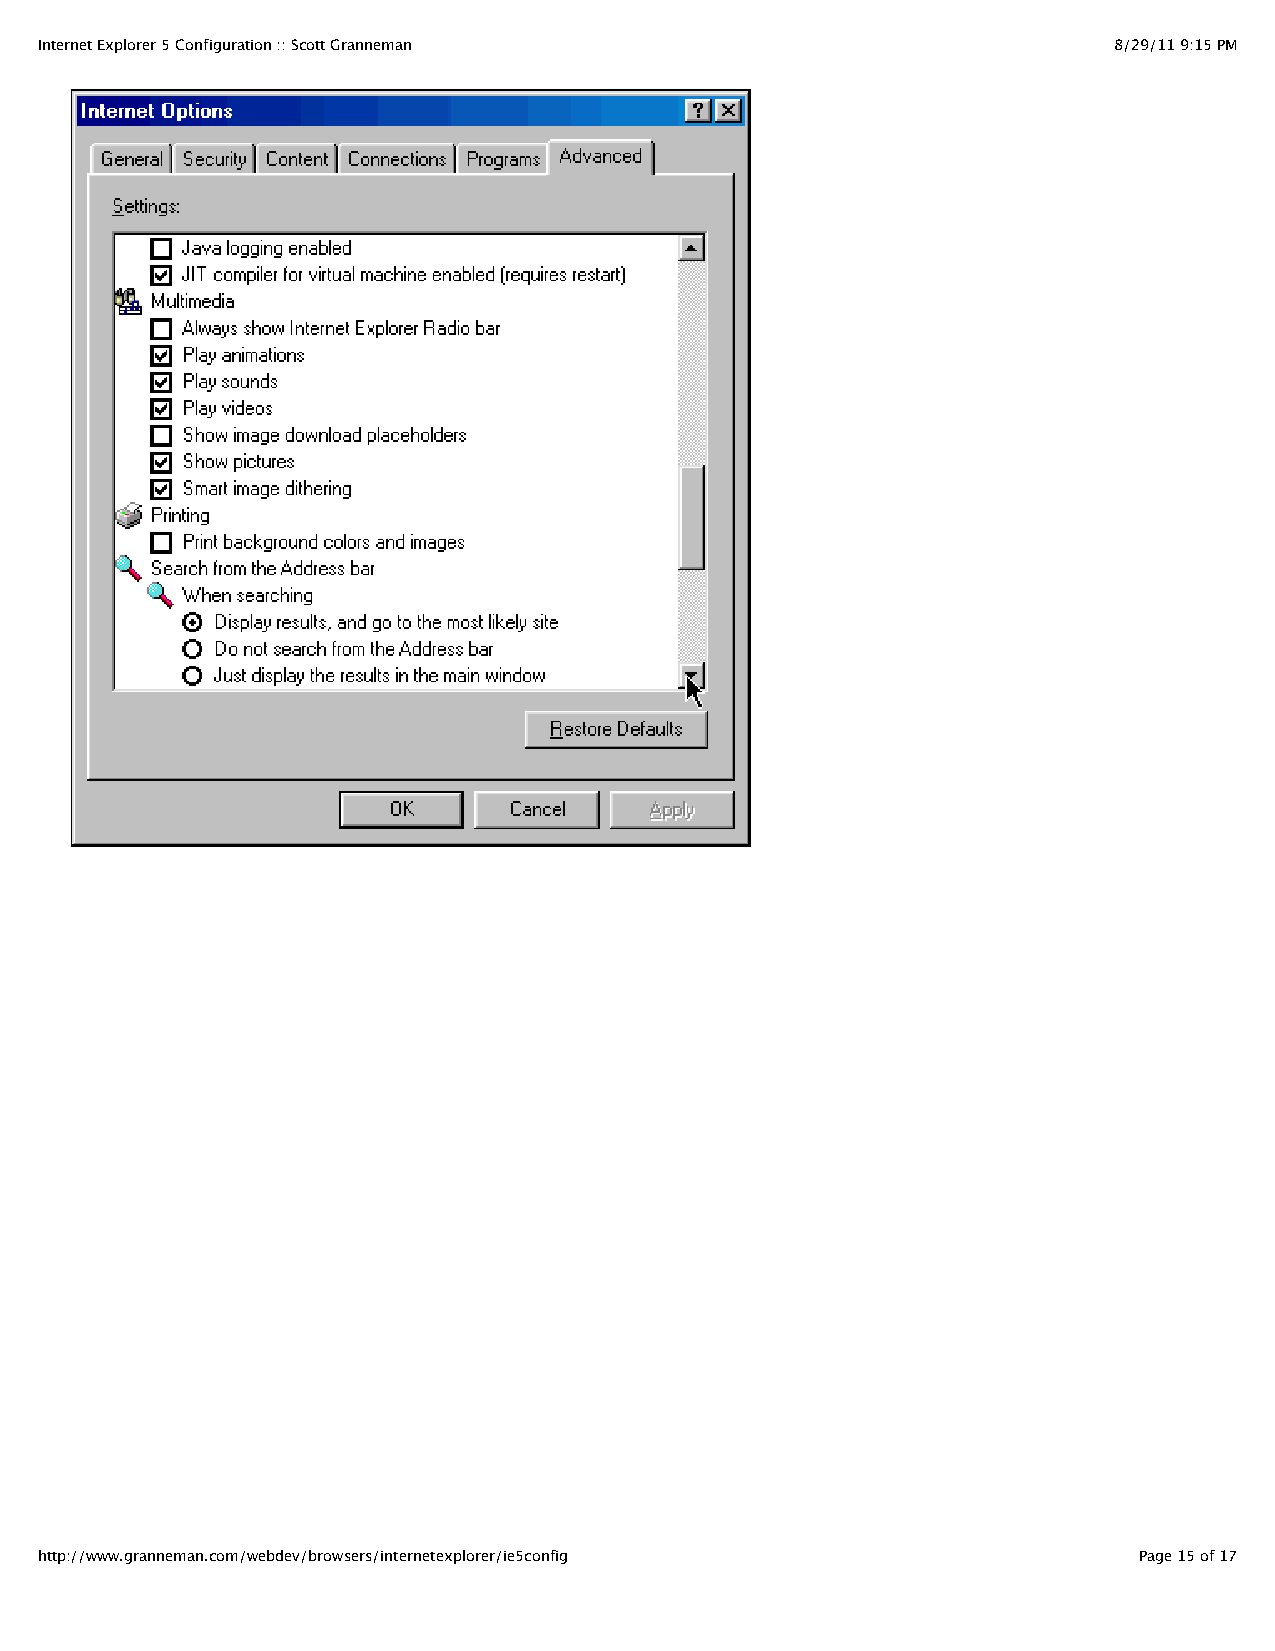
Internet Explorer 5 Configuration :: Scott Granneman                    8/29/11 9:15 PM
 http://www.granneman.com/webdev/browsers/internetexplorer/ie5config      Page 15 of 17